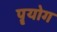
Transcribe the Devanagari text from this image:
पॄयोग